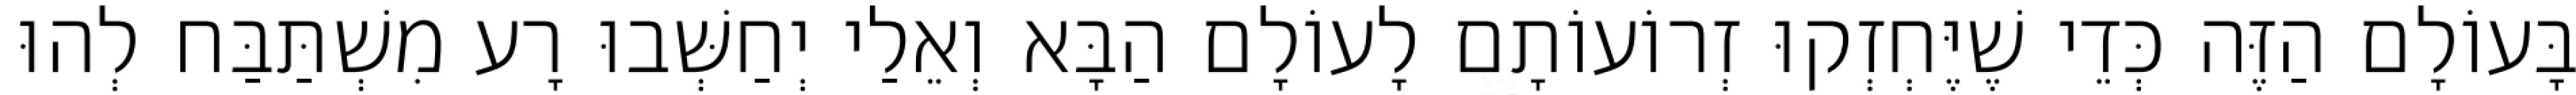
בָּעוֹלָם הַזֶּה כְּדֵי שֶׁיֶּחְזְקוּ זְרוֹעוֹתָם לָעוֹלָם הַבָּא וְאֵלַי יְחַשְּׁבוּ רָע מִשְׁתַּבַּח לְהוּ